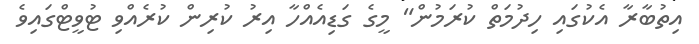
އިތުބާރާ އެކުގައި ހިދުމަތް ކުރަމުން" މީގެ ގަޑިއެއްހާ އިރު ކުރިން ކުރެއްވި ޓުވީޓްގައިވެ